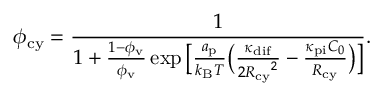
\phi _ { \mathrm { c y } } = \frac { 1 } { 1 + \frac { 1 - \phi _ { \mathrm { v } } } { \phi _ { \mathrm { v } } } \exp \big [ \frac { a _ { \mathrm { p } } } { k _ { \mathrm { B } } T } \big ( \frac { \kappa _ { \mathrm { d i f } } } { { 2 R _ { \mathrm { c y } } } ^ { 2 } } - \frac { \kappa _ { \mathrm { p i } } C _ { 0 } } { R _ { \mathrm { c y } } } \big ) \big ] } .